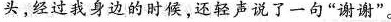
头，经过我身边的时候，还轻声说了一句“谢谢”。